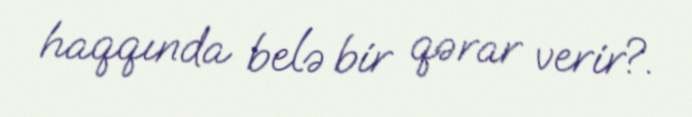
haqqında belə bir qərar verir?.